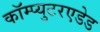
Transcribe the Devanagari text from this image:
कॉम्प्युटरएडेड